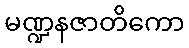
မဏ္ဍနဇာတိကော